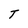
Character: T